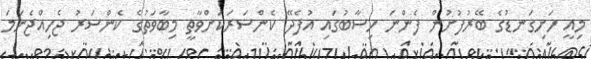
މިއީ ހަށިގަނޑުގެ ބޭރުފުށުން ފެންނަ ހިސާބުގައި އުފެދޭ ކެންސަރަކަށްވާތީ މިބާވަތުގެ ކެންސަރު ޖެހިއްޖެނަމަ